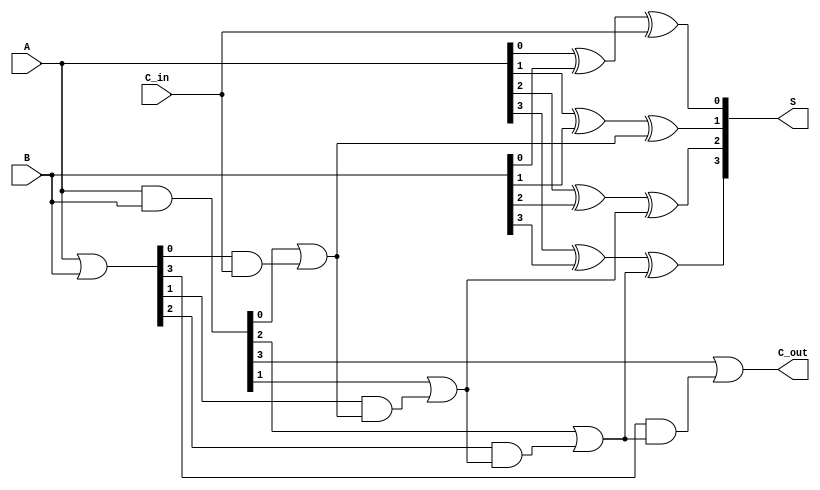
module han_carlson_adder #(parameter N = 4) (
    input  [N-1:0] A,      // First n-bit input
    input  [N-1:0] B,      // Second n-bit input
    input          C_in,    // Input carry
    output [N-1:0] S,      // n-bit sum output
    output         C_out    // Output carry
);

    wire [N-1:0] G;        // Generate signals
    wire [N-1:0] P;        // Propagate signals
    wire [N-1:0] C;        // Carry signals

    // Generate and propagate logic
    assign G = A & B;      // Generate
    assign P = A | B;      // Propagate

    // Carry generation
    assign C[0] = G[0] | (P[0] & C_in);
    genvar i;
    generate
        for (i = 1; i < N; i = i + 1) begin : carry_gen
            assign C[i] = G[i] | (P[i] & C[i-1]);
        end
    endgenerate

    // Sum calculation
    assign S[0] = A[0] ^ B[0] ^ C_in;
    generate
        for (i = 1; i < N; i = i + 1) begin : sum_calc
            assign S[i] = A[i] ^ B[i] ^ C[i-1];
        end
    endgenerate

    // Final carry out
    assign C_out = C[N-1];

endmodule